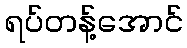
ရပ်တန့်အောင်